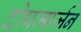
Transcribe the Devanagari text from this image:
दोषमार्जन